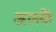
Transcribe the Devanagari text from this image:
अलकें